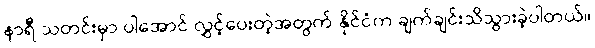
နာရီ သတင်းမှာ ပါအောင် လွှင့်ပေးတဲ့အတွက် နိုင်ငံက ချက်ချင်းသိသွားခဲ့ပါတယ်။